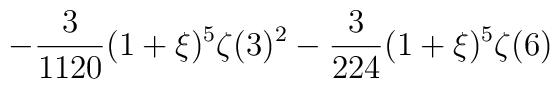
\displaystyle-\frac{3}{1120}(1+\xi)^5\zeta(3)^2-\frac{3}{224}(1+\xi)^5\zeta(6)